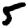
Digit: 5